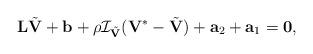
LaTeX: \begin{align*} \mathbf L\tilde{\mathbf V}+\mathbf b + \rho\mathcal I_{\tilde{\mathbf V}}(\mathbf V^*-\tilde{\mathbf V}) + \mathbf a_2+ \mathbf a_1 = \mathbf 0,\end{align*}